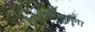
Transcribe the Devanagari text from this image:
पालीताला